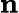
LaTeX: \mathbf{n}